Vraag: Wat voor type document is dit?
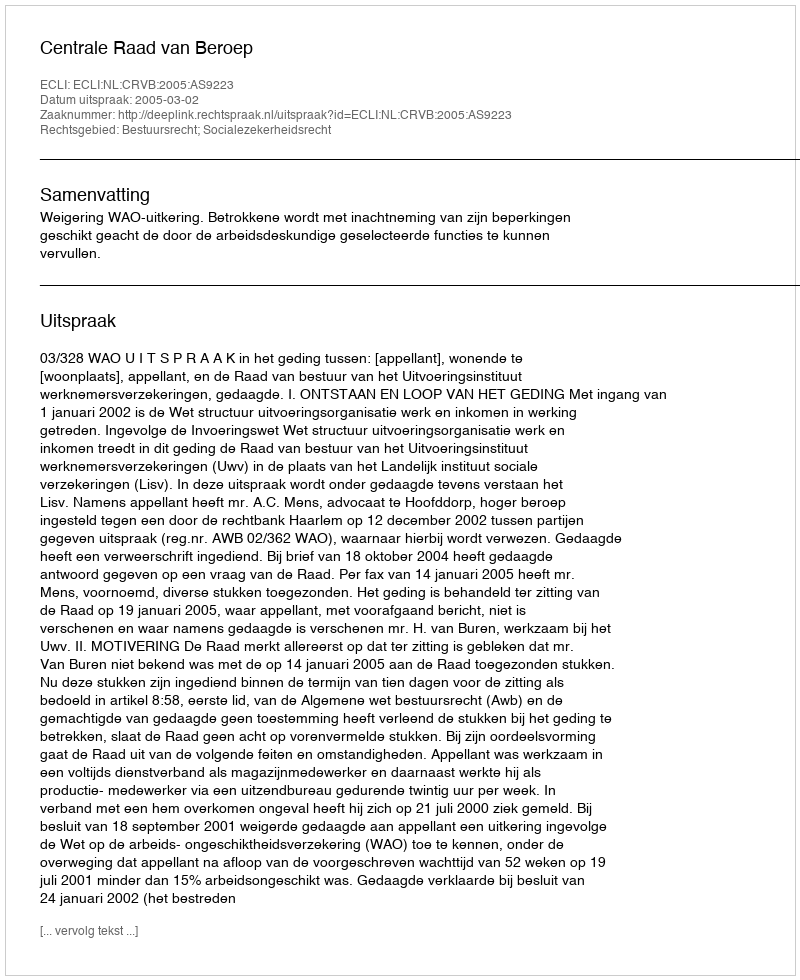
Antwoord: Uitspraak